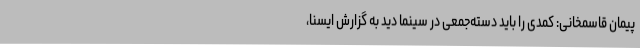
پیمان قاسمخانی: کمدی را باید دسته‌جمعی در سینما دید به گزارش ایسنا،